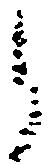
候